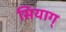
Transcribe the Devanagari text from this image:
सियाग्